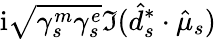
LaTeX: \mathrm{i}\sqrt{\gamma_{s}^{m}\gamma_{s}^{e}}\Im(\hat{d}_{s}^{*}\cdot\hat{\mu}_{s})